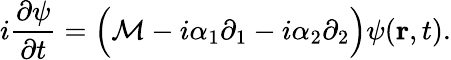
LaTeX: i\frac{\partial\psi}{\partial t}=\Big(\mathcal{M}-i\alpha_{1}\partial_{1}-i\alpha_{2}\partial_{2}\Big)\psi(\mathbf{r},t).